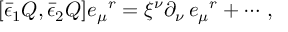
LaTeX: { } [ \bar { \epsilon } _ { 1 } Q , \bar { \epsilon } _ { 2 } Q ] e _ { \mu } { } ^ { r } = \xi ^ { \nu } \partial _ { \nu } \, e _ { \mu } { } ^ { r } + \cdots \, ,